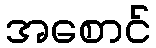
အစောင်